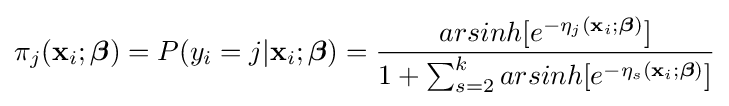
\pi _{j}(\mathbf {x} _{i};{\boldsymbol {\beta }})=P(y_{i}=j|\mathbf {x} _{i};{\boldsymbol {\beta }})={\frac {arsinh[e^{-\eta _{j}(\mathbf {x} _{i};{\boldsymbol {\beta }})}]}{1+\sum _{s=2}^{k}arsinh[e^{-\eta _{s}(\mathbf {x} _{i};{\boldsymbol {\beta }})}]}}